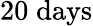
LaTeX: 20\; \mathrm{days}